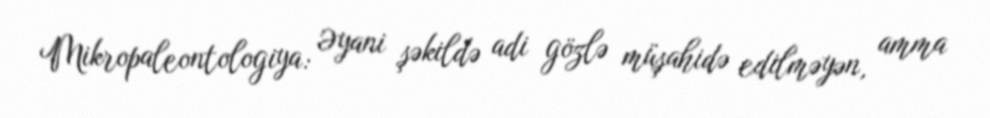
Mikropaleontologiya: Əyani şəkildə adi gözlə müşahidə edilməyən, amma